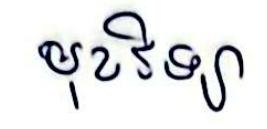
មុខវិទ្យា